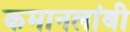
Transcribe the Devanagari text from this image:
कमानलांबी